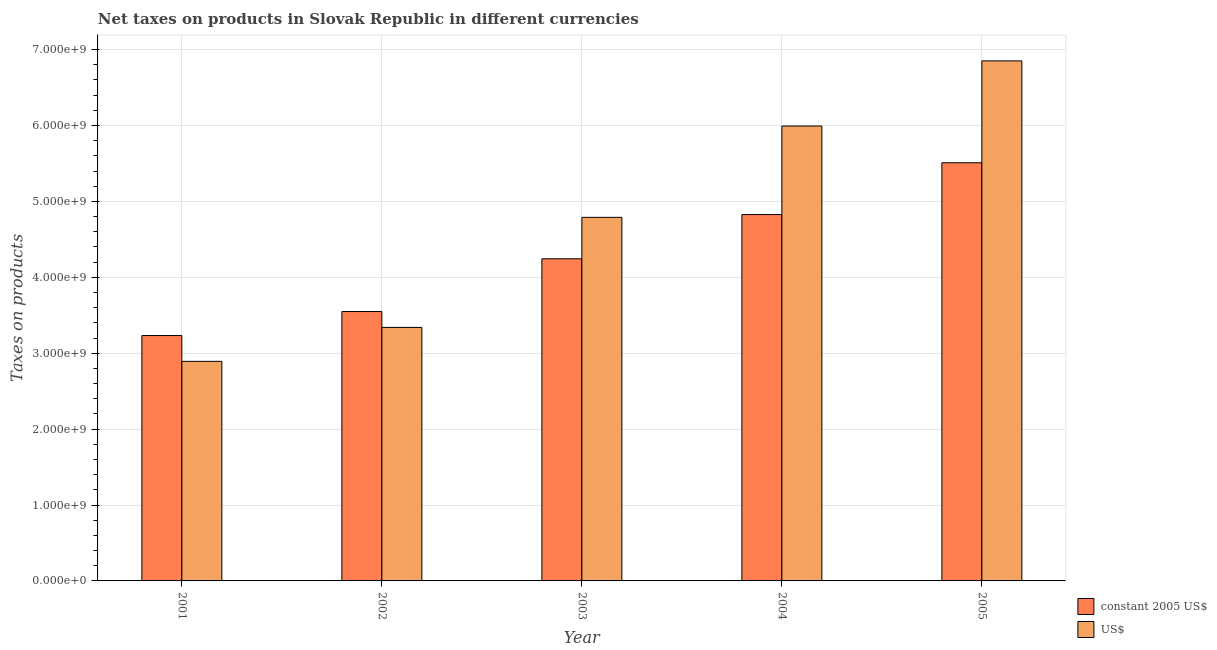
| Year | constant 2005 US$ | US$ |
 | --- | --- | --- |
 | 2001 | 3.23e+09 | 2.89e+09 |
 | 2002 | 3.55e+09 | 3.34e+09 |
 | 2003 | 4.24e+09 | 4.79e+09 |
 | 2004 | 4.83e+09 | 5.99e+09 |
 | 2005 | 5.51e+09 | 6.85e+09 |